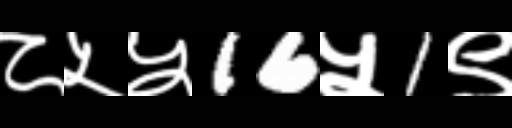
Text: ८५५16५1९